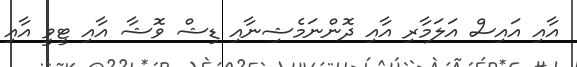
އާއި އައިސް އަލަމާރި އާއި ދޮންނަމެޝިނާއި ޑިޝް ވޮޝާ އާއި ޓީވީ އާއި